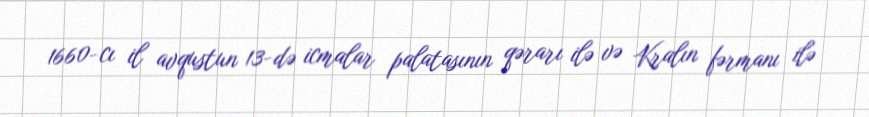
1660-cı il avqustun 13-də icmalar palatasının qərarı ilə və Kralın fərmanı ilə